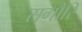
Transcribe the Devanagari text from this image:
सगौरि